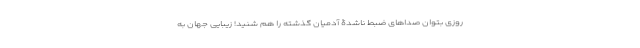
روزی بتوان صداهای ضبط ناشدۀ آدمیان گذشته را هم شنید! زیبایی جهان به